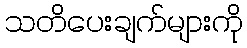
သတိပေးချက်များကို